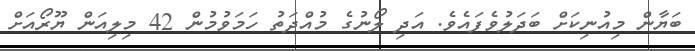
ބަޔާން މިއުނިކަށް ބަދަލުވެފައެވެ. އަދި ލޯނުގެ މުއްދަތު ހަމަވުމުން 42 މިލިއަން ޔޫރޯއަށް